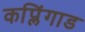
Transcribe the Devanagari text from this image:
कप्लिंगाड